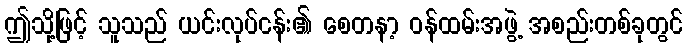
ဤသို့ဖြင့် သူသည် ယင်းလုပ်ငန်း၏ စေတနာ့ ဝန်ထမ်းအဖွဲ့ အစည်းတစ်ခုတွင်